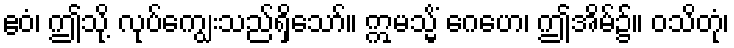
ဧဝံ၊ ဤသို့ လုပ်ကျွေးသည်ရှိသော်။ ဣမသ္မိံ ဂေဟေ၊ ဤအိမ်၌။ ဝသိတုံ၊